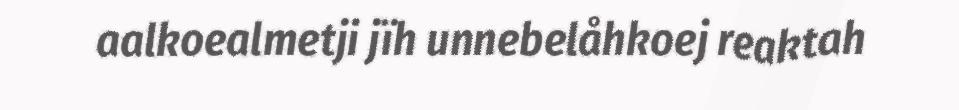
aalkoealmetji jïh unnebelåhkoej reaktah